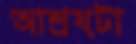
আশ্রয়টা